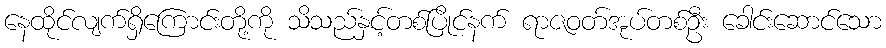
နေထိုင်လျက်ရှိကြောင်းတို့ကို သိသည်နှင့်တစ်ပြိုင်နက် ရာဇဝတ်အုပ်တစ်ဦး ခေါင်းဆောင်သော